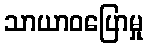
သာယာဝပြောမှု